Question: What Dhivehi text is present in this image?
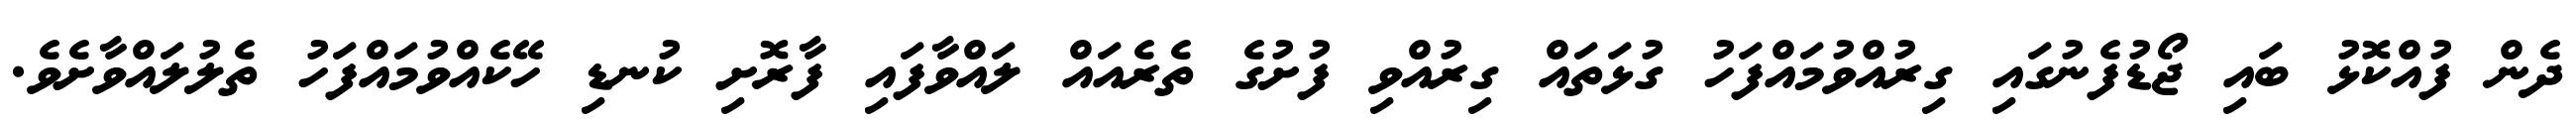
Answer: ދެން ފުއްކޮޅު ބައި ޖޯޑުފެނުގައި ގިރުއްވުމައްފަހު ގުޅަތައް ގިރުއްވި ފުށުގެ ތެރެއައް ލައްވާފައި ފާރޮށި ކުނޑި ހޭކެއްވުމައްފަހު ތެލުލައްވާށެވެ.